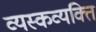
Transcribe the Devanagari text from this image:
व्यस्कव्यक्ति